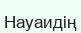
Науаидің